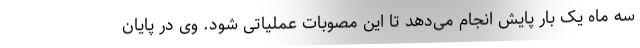
سه ماه یک بار پایش انجام می‌دهد تا این مصوبات عملیاتی شود. وی در پایان